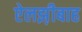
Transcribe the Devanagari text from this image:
ऐलझ़ीबाह